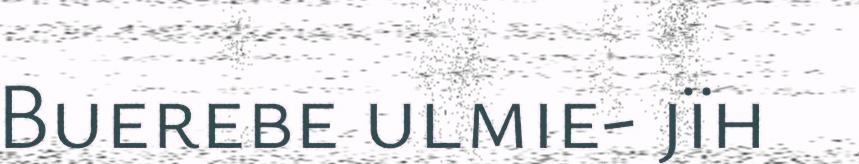
Buerebe ulmie- jïh